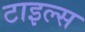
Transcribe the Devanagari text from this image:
टाइल्‍स